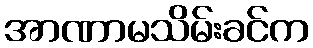
အာဏာမသိမ်းခင်က